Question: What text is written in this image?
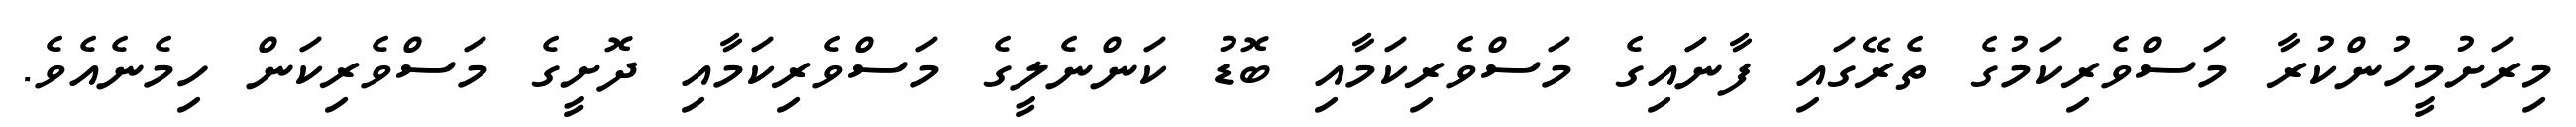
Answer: މިރަށުމީހުންކުރާ މަސްވެރިކަމުގެ ތެރޭގައި ފާނައިގެ މަސްވެރިކަމާއި ބޮޑު ކަންނެލީގެ މަސްވެރިކަމާއި ދޮށީގެ މަސްވެރިކަން ހިމެނެއެވެ.